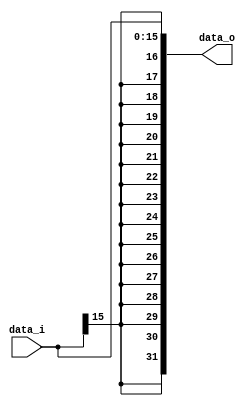

module Sign_Extend(
    data_i,
    data_o
    );

//I/O ports
input   [16-1:0] data_i;
output  [32-1:0] data_o;

//Internal Signals
reg     [32-1:0] data_o;

//Sign extended
always @(*) begin
	data_o={{16{data_i[15]}},data_i};
end

endmodule